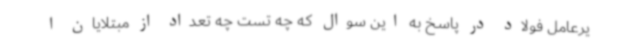
یرعامل فولاد در پاسخ به این سوال که چه تست چه تعداد از مبتلایان ا